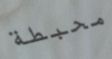
محبطة